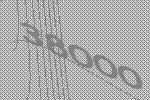
38000